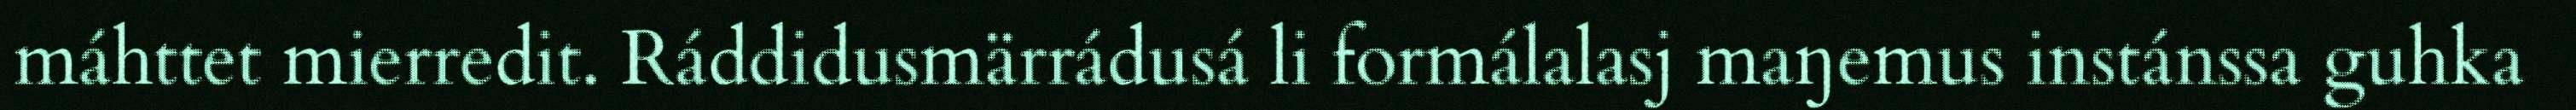
máhttet mierredit. Ráddidusmärrádusá li formálalasj maŋemus instánssa guhka